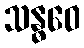
သန္ဓဝေ